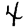
Digit: 4